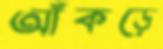
আঁকড়ে